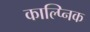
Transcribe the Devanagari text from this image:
काल्प्निक